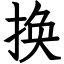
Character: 换